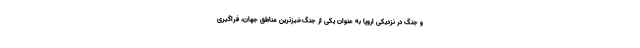
و جنگ در نزدیکی اروپا به عنوان یکی از جنگ‌خیزترین مناطق جهان، فراگیری